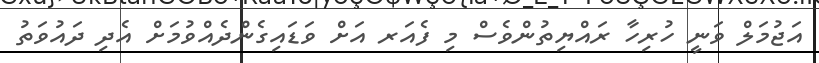
އަޖުމަލް ވަނީ ހުރިހާ ރައްޔިތުންވެސް މި ފެއަރ އަށް ވަޑައިގެންދެއްވުމަށް އެދި ދައުވަތު